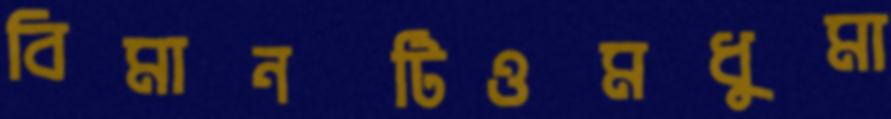
বিমানটিওমধুমা